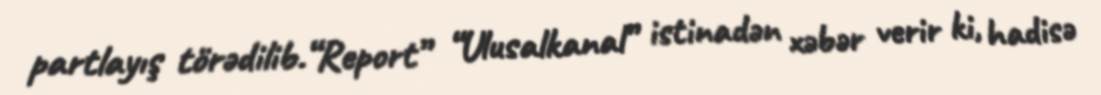
partlayış törədilib.“Report” “Ulusalkanal” istinadən xəbər verir ki, hadisə